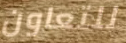
للتعاون